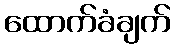
ထောက်ခံချက်